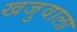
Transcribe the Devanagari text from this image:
खजुवाला